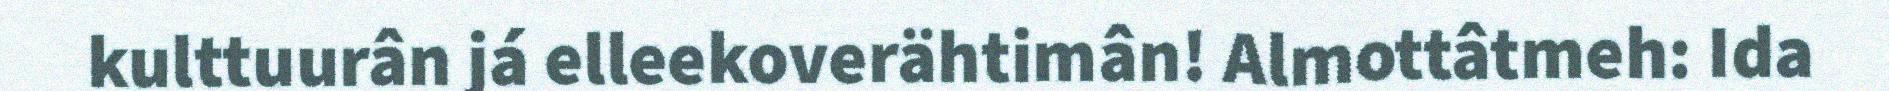
kulttuurân já elleekoverähtimân! Almottâtmeh: Ida